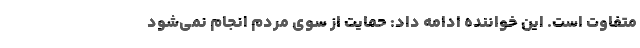
متفاوت است. این خواننده ادامه داد: حمایت از سوی مردم انجام نمی‌شود